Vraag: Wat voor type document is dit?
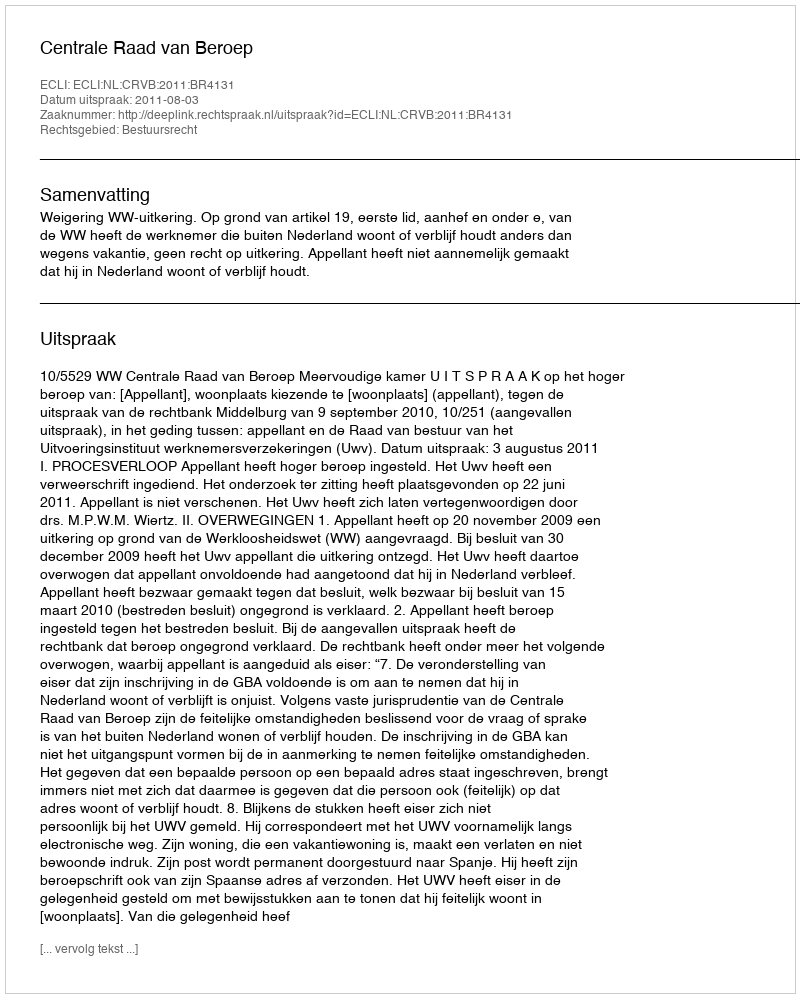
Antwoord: Uitspraak